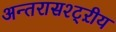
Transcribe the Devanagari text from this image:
अन्तरासश्ट्ऱीय